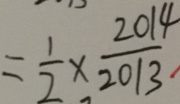
= \frac { 1 } { 2 } \times \frac { 2 0 1 4 } { 2 0 1 3 }